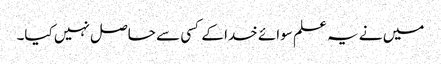
میں نے یہ علم سوائے خدا کے کسی سے حاصل نہیں کیا۔